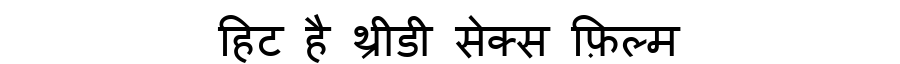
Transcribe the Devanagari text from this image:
हिट है थ्रीडी सेक्स फ़िल्म